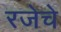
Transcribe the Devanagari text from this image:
रजेचे